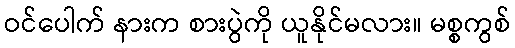
ဝင်ပေါက် နားက စားပွဲကို ယူနိုင်မလား။ မစ္စကွစ်